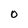
Character: 0